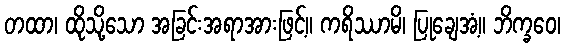
တထာ၊ ထိုသို့သော အခြင်းအရာအားဖြင့်။ ကရိဿာမိ၊ ပြုချေအံ့။ ဘိက္ခဝေ၊